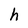
Character: h